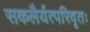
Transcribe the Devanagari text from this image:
सकलैर्यत्परिवृतः